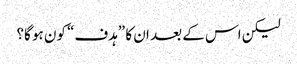
لیکن اس کے بعد ان کا ”ہدف“ کون ہو گا؟